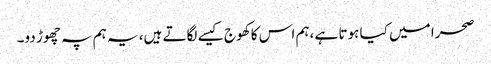
صحرا میں کیا ہوتا ہے ،ہم اس کا کھوج کیسے لگاتے ہیں، یہ ہم پہ چھوڑ دو۔